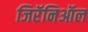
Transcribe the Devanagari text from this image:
जिरॅनिऑल